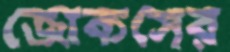
জোকসের